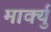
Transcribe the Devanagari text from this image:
मार्क्यु